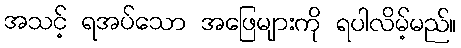
အသင့် ရအပ်သော အဖြေများကို ရပါလိမ့်မည်။